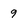
Character: 9